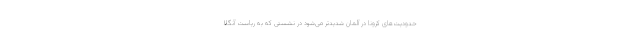
حدودیت‌های کرونا در آلمان شدیدتر می‌شود در نشستی که به ریاست آنگلا